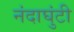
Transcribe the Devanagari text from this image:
नंदाघुंटी